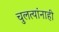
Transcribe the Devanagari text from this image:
चुलत्यांनाही